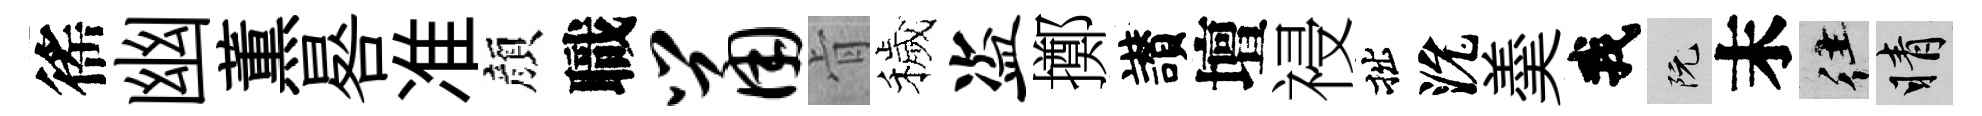
徭幽薫晷准顔職鼠肻穢盗擲讃壇祲拙沇羮我阮末往睛